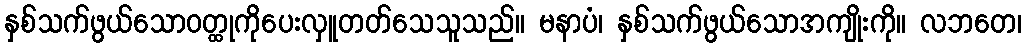
နှစ်သက်ဖွယ်သောဝတ္ထုကိုပေးလှူတတ်သေသူသည်။ မနာပံ၊ နှစ်သက်ဖွယ်သောအကျိုးကို။ လဘတေ၊